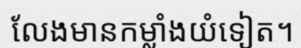
លែងមានកម្លាំងយំទៀត។